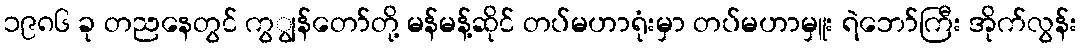
၁၉၈၆ ခု တညနေတွင် ကွျွန်တော်တို့ မန်မန့်ဆိုင် တပ်မဟာရုံးမှာ တပ်မဟာမှူး ရဲဘော်ကြီး အိုက်လွန်း